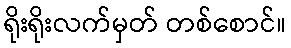
ရိုးရိုးလက်မှတ် တစ်စောင်။